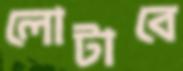
লোটাবে